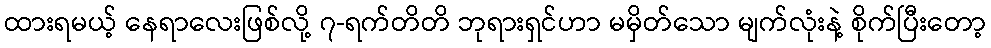
ထားရမယ့် နေရာလေးဖြစ်လို့ ၇-ရက်တိတိ ဘုရားရှင်ဟာ မမှိတ်သော မျက်လုံးနဲ့ စိုက်ပြီးတော့